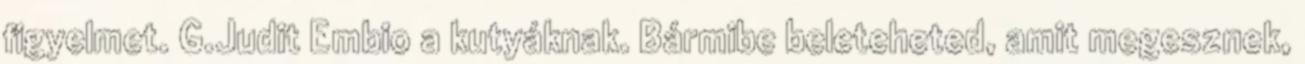
figyelmet. G.Judit Embio a kutyáknak. Bármibe beleteheted, amit megesznek,